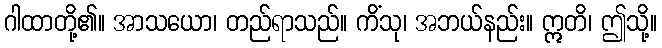
ဂါထာတို့၏။ အာသယော၊ တည်ရာသည်။ ကိံသု၊ အဘယ်နည်း။ ဣတိ၊ ဤသို့။